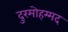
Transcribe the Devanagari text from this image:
दुरमोहम्मद